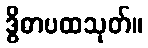
ဒွိဓာပထသုတ်။